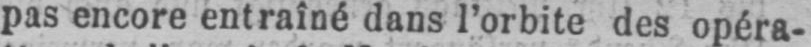
pas encore entraîné dans l’orbite des opéra-